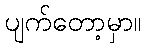
ပျက်တော့မှာ။